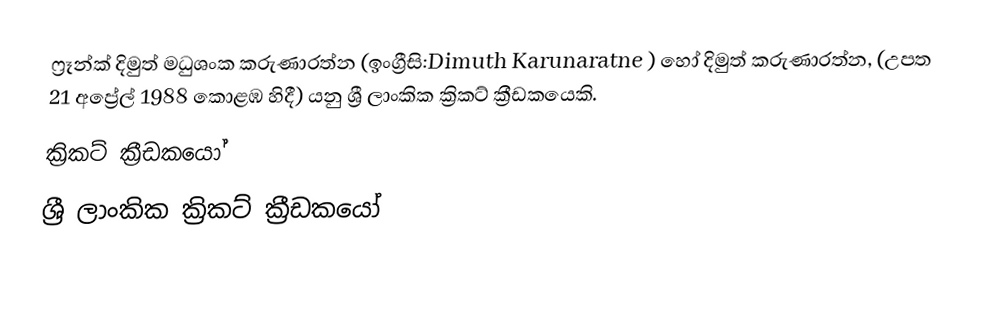
ෆ්‍රෑන්ක් දිමුත් මධුශංක කරුණාරත්න (ඉංග්‍රීසි:Dimuth Karunaratne ) හෝ  දිමුත් කරුණාරත්න, (උපත 21 අප්‍රේල් 1988 කොළඹ හිදී) යනු ශ්‍රී ලාංකික ක්‍රිකට් ක්‍රීඩකයෙකි.
ක්‍රිකට් ක්‍රීඩකයෝ
ශ්‍රී ලාංකික ක්‍රිකට් ක්‍රීඩකයෝ